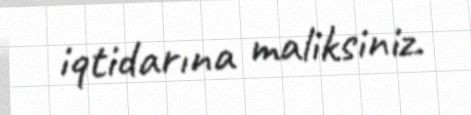
iqtidarına maliksiniz.